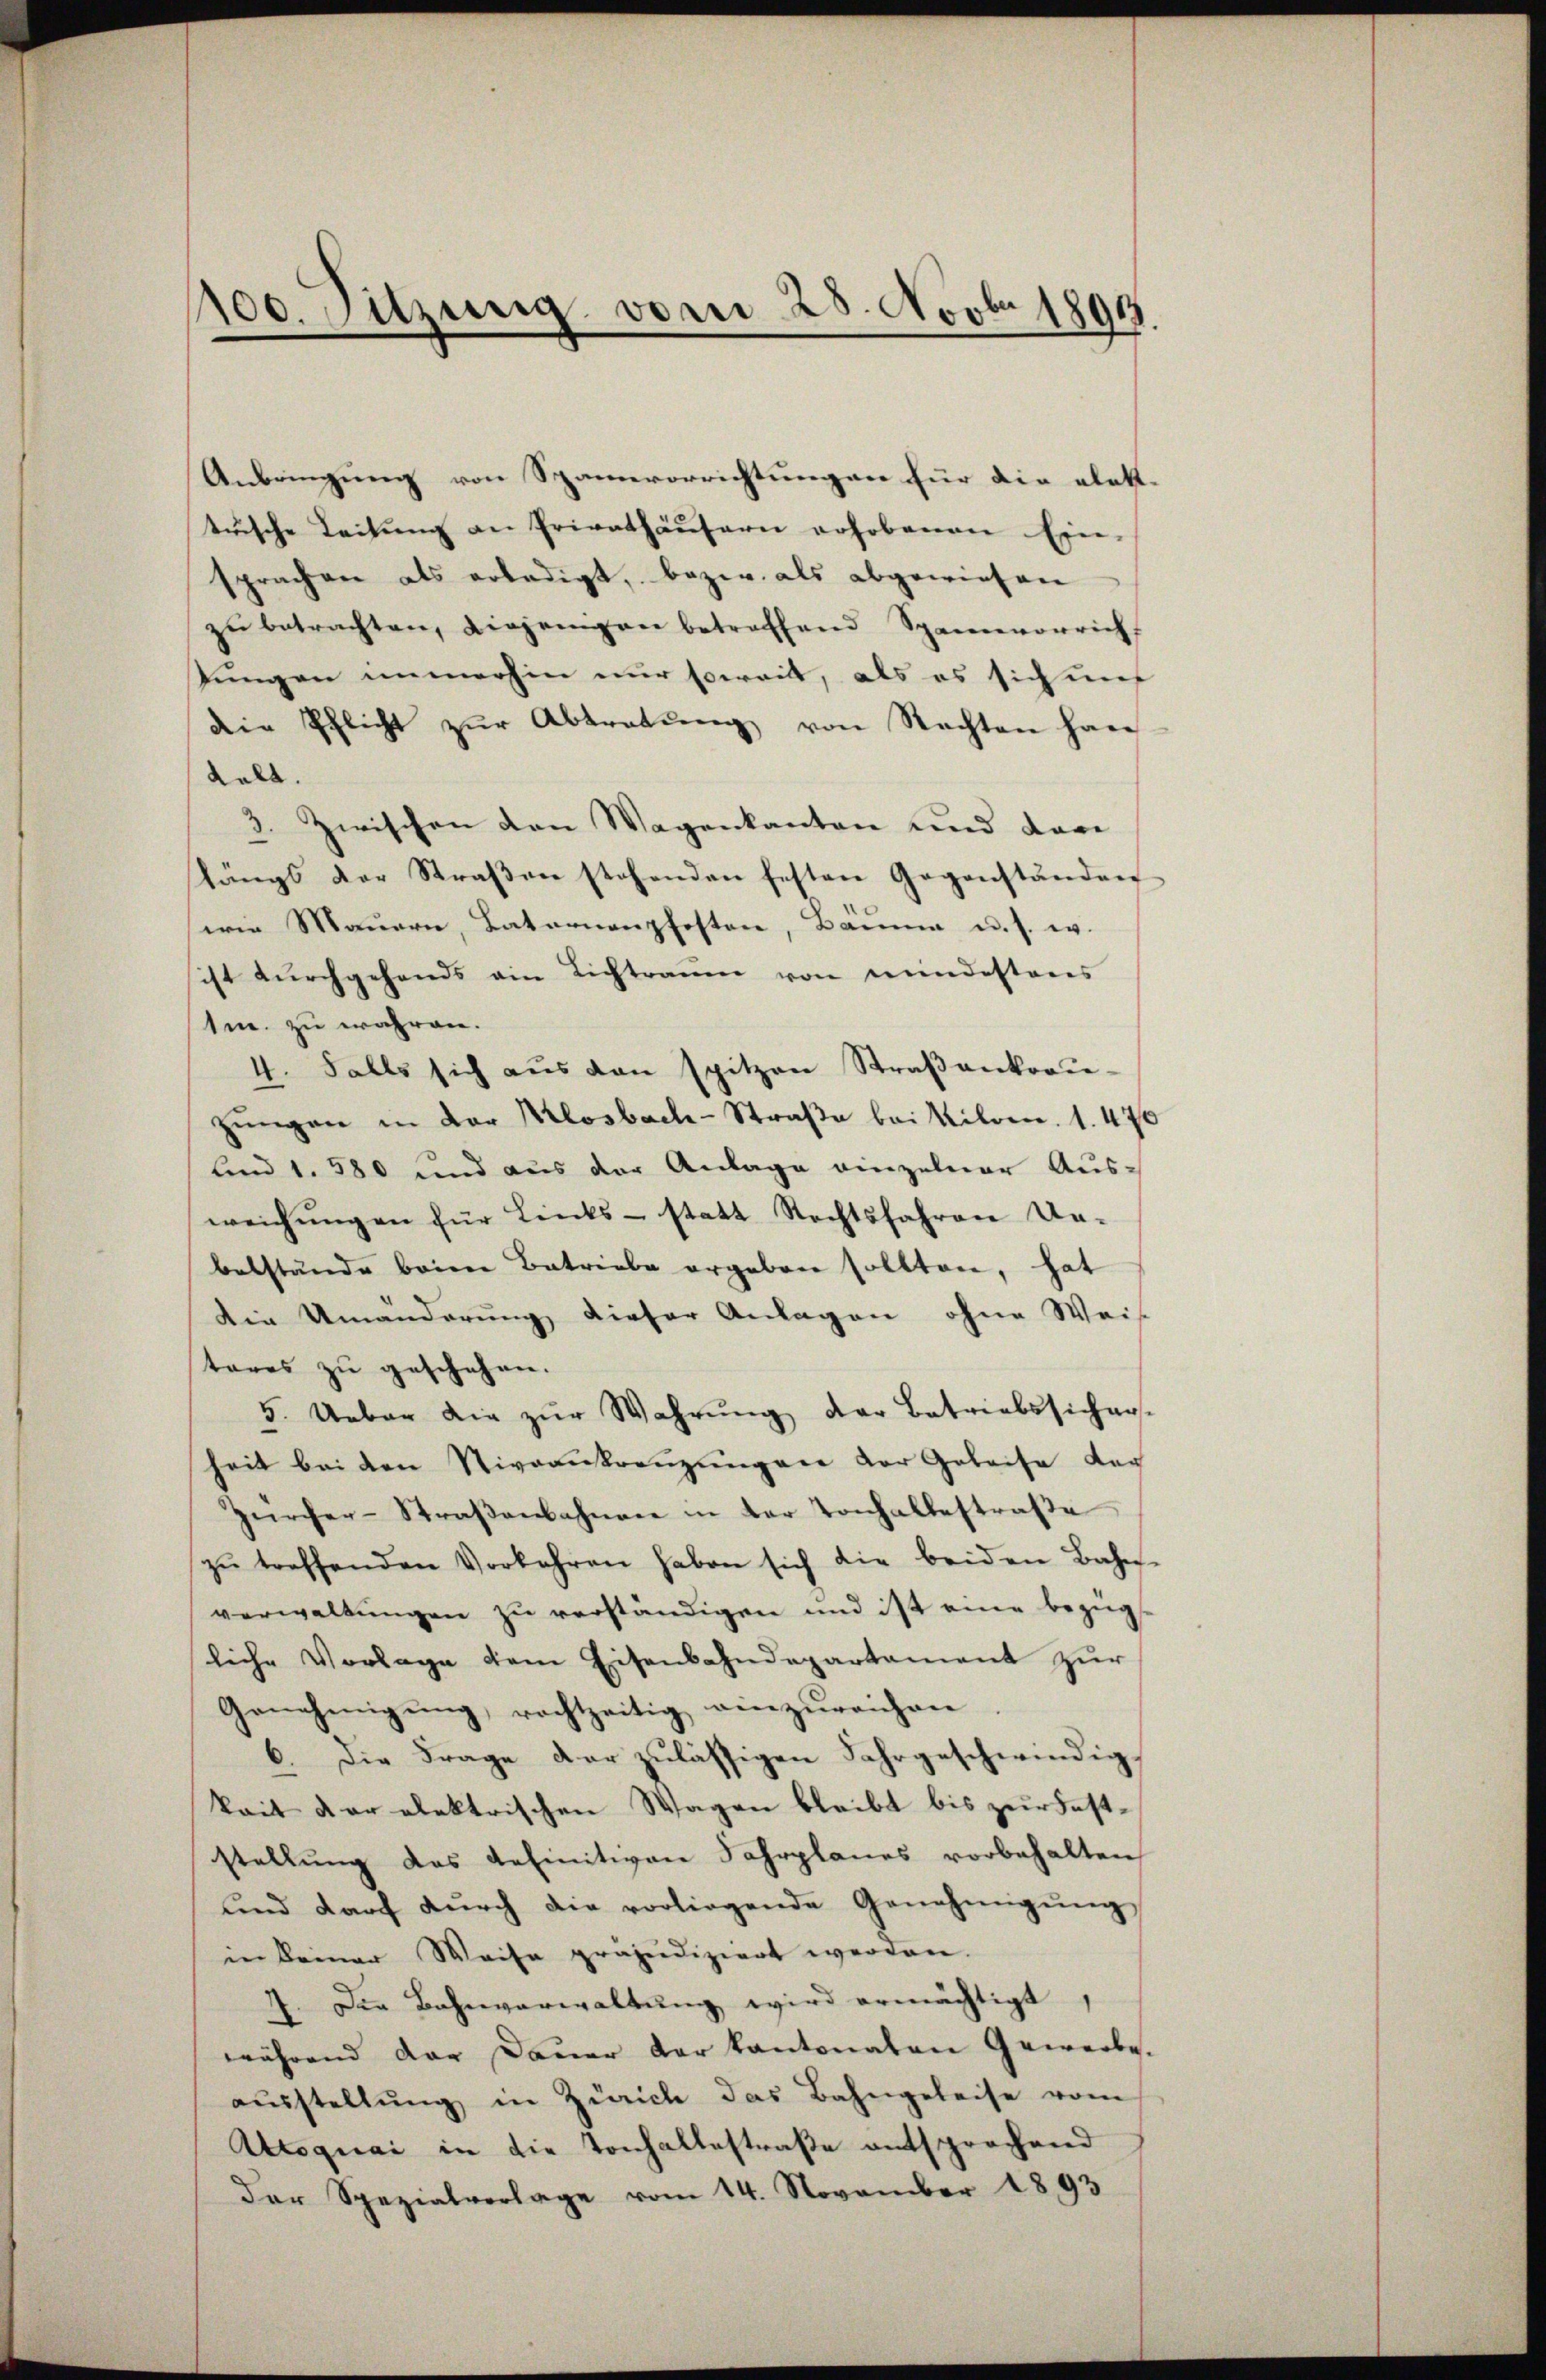
100. Sitzung vom 25. Novbr. 1801.

Anbringung von Spannererrichtungen für die eletttuische Leitung an Privathäusern erhobenen Ein-
sprachen als erledigt, bezw. als abgewiesen
zŭ betrachten, Liegengen betreffend Spannvorrich
tungen immerhin nur soweit, als es sich auf
die Pflicht zŭr Abtretŭng von Rechten han
Kall.
3. Zwischen den Wagenkanton und dari
längs der Straβen stehenden festen Gegenständen
wie Mauern, Laternenpfosten, Bann u. s. w.
sicht dŭrchgehends ein Lichtraum von mindestens
1m. zu währen.
4. Falls sich aŭs den spitzen Straβenkraŭ-
zungen in der Klosbach-Straße bei Kilonn. 1. 470
und 1. 580 und aus der Anlage einzelner Aus-
weichŭngen für Links-statt Rechtsfahren Un-
belstände beim Betriebe ergeben sollten, hat
Die Umänderung dieser Anlagen ohne Weis
teres zu geschehen.
5. Ueber die zŭr Wahrŭng der Betriebssicher-
heit bei den Niveankreuzungen der Geleise der
Zürcher-Straßenbahnen in der Tonhalbestraße
zŭ treffenden Vorkehren haben sich die beiden Bahn-
verwaltungen zu verständigen und ist eine bezüg
liche Vorlage dem Eisenbahndepartament zur
Genehmigŭng, rechtzeitig einzŭreichen
6. Die Frage der zulässigen Jahrgeschwindig-
keit der elektrischen Wagen bleibt bis zur Feststellŭng das definitiven Fahrplanes vorbehalten
und darf dŭrch die vorliegende Genehmigŭng
in keiner Weise präjudiziert werden.
7. Die Bahnverwaltung wird ermächtigt,
während der Dauer der kantonaten Gewerbe.
aŭsstellŭng in Zürich das Bahngeleise vom
Ucsquai in die Tonhaltestraße entsprochend
der Spezialverlage vom 14. November 1893